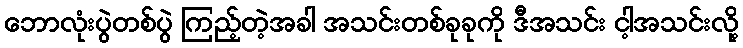
ဘောလုံးပွဲတစ်ပွဲ ကြည့်တဲ့အခါ အသင်းတစ်ခုခုကို ဒီအသင်း ငါ့အသင်းလို့